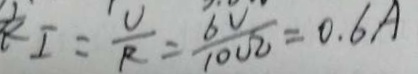
I = \frac { U } { R } = \frac { 6 V } { 1 0 \Omega } = 0 . 6 A